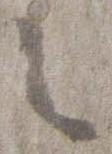
之